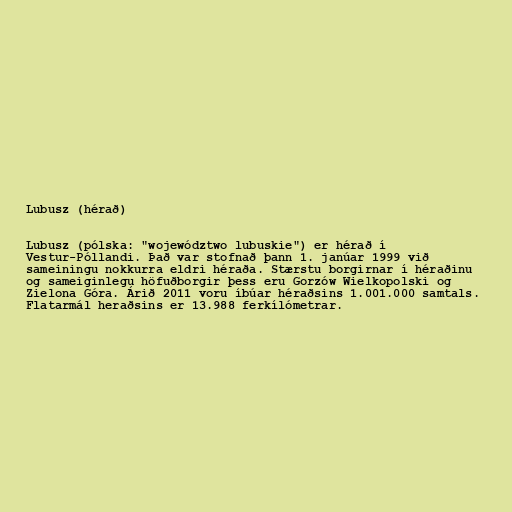
Lubusz (hérað)

Lubusz (pólska: "województwo lubuskie") er hérað í
Vestur-Póllandi. Það var stofnað þann 1. janúar 1999 við
sameiningu nokkurra eldri héraða. Stærstu borgirnar í héraðinu
og sameiginlegu höfuðborgir þess eru Gorzów Wielkopolski og
Zielona Góra. Árið 2011 voru íbúar héraðsins 1.001.000 samtals.
Flatarmál heraðsins er 13.988 ferkílómetrar.